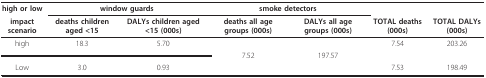
<table><thead><tr><td><b>high or low</b></td><td colspan="2"><b>window guards</b></td><td colspan="2"><b>smoke detectors</b></td><td></td><td></td></tr><tr><td><b>impact scenario</b></td><td><b>deaths children aged &lt;15</b></td><td><b>DALYs children aged &lt;15 (000s)</b></td><td><b>deaths all age groups (000s)</b></td><td><b>DALYs all age groups (000s)</b></td><td><b>TOTAL deaths (000s)</b></td><td><b>TOTAL DALYs (000s)</b></td></tr></thead><tbody><tr><td>high</td><td>18.3</td><td>5.70</td><td></td><td></td><td>7.54</td><td>203.26</td></tr><tr><td colspan="3"></td><td>7.52</td><td>197.57</td><td colspan="2"></td></tr><tr><td>Low</td><td>3.0</td><td>0.93</td><td></td><td></td><td>7.53</td><td>198.49</td></tr></tbody></table>